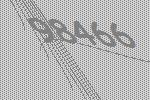
98466